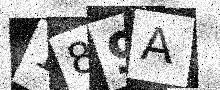
Text: 189A